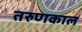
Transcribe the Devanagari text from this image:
तरुणकाल